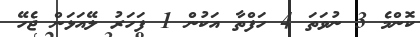
ކޮންމެ 3 ނުވަތަ 4 ހަފްތާ އަކުން 1 ފަހަރު ލޭއަޅަން ޖެހޭ